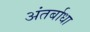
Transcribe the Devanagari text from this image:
अंतर्बाधा